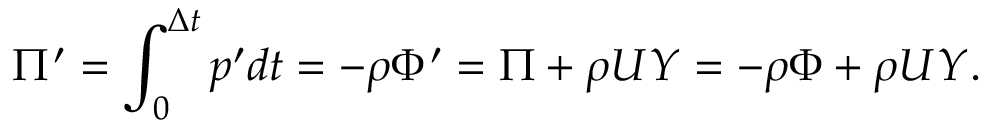
\Pi ^ { \prime } = \int _ { 0 } ^ { \Delta t } p ^ { \prime } d t = - \rho \Phi ^ { \prime } = \Pi + \rho U Y = - \rho \Phi + \rho U Y .